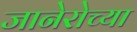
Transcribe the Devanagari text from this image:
जानेरोच्या